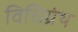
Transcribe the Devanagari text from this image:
विधिग्रंथ